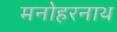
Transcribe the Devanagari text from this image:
मनोहरनाथ